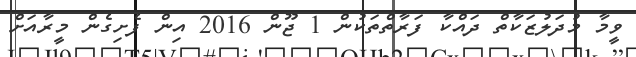
ވީމާ މުދަލުޒަކާތް ދައްކާ ފަރާތްތަކުން 1 ޖޫން 2016 އިން ފެށިގެން މީރާއަށް